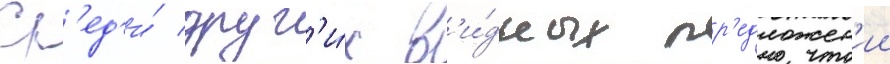
Ср'ед'и́ друг'и́х в'и́дных пр'едложен'ии